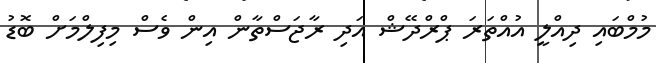
މުމްބައި ދިއްލީ އުއްތަރަ ޕްރްދޭޝް އަދި ރާޖަސްތާން އިން ވެސް މިފިލްމަށް ބޮޑު